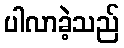
ပါလာခဲ့သည်